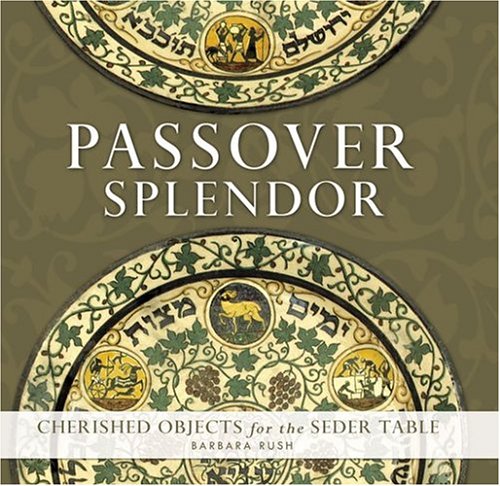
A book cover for Passover Splendor: Cherished Objects for the Seder Table; Barbara Rush; Cookbooks, Food & Wine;